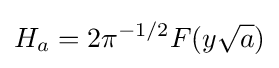
H_{a}=2\pi ^{-1/2}F(y{\sqrt {a}})